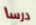
درسا